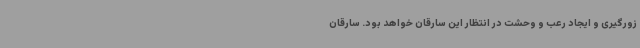
زورگیری و ایجاد رعب و وحشت در انتظار این سارقان خواهد بود. سارقان